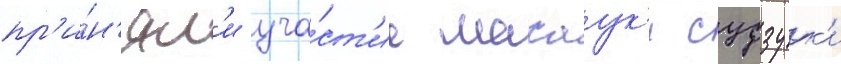
пр'и́н'ял'и уча́ст'ие масаук'и судзук'и